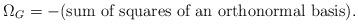
LaTeX: \begin{align*} \Omega_G = -\text{(sum of squares of an orthonormal basis)}. \end{align*}